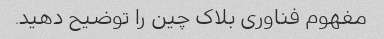
مفهوم فناوری بلاک چین را توضیح دهید.